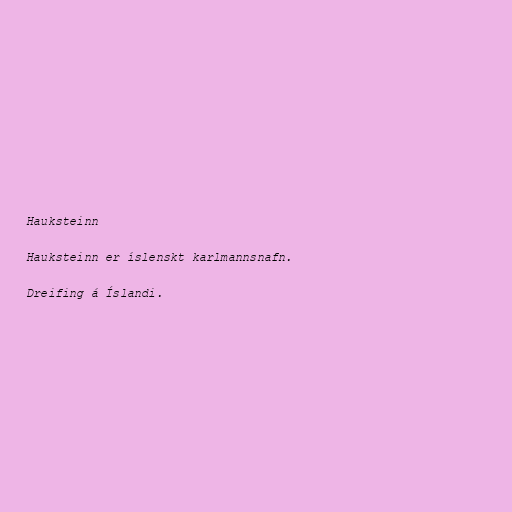
Hauksteinn

Hauksteinn er íslenskt karlmannsnafn.

Dreifing á Íslandi.